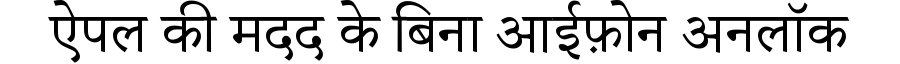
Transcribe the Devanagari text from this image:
ऐपल की मदद के बिना आईफ़ोन अनलॉक